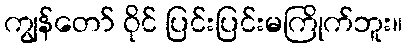
ကျွန်တော် ဝိုင် ပြင်းပြင်းမကြိုက်ဘူး။